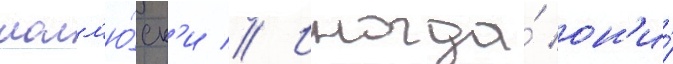
молл'ю́ск'и // Иногда́ он'и́